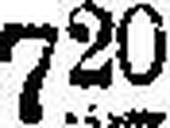
720